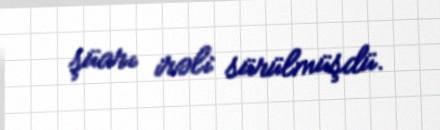
şüarı irəli sürülmüşdü.